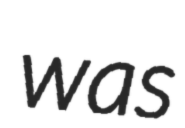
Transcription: was